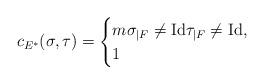
LaTeX: \begin{align*} c_{E^*}(\sigma,\tau)= \begin{cases} m \sigma_{|F}\neq \mathrm{Id} \tau_{|F}\neq \mathrm{Id},\\ 1 \end{cases} \end{align*}